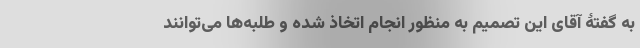
به گفتۀ آقای این تصمیم به منظور انجام اتخاذ شده و طلبه‌ها می‌توانند